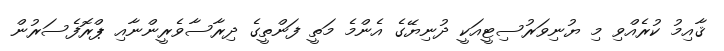
ޤާއިމު ކުރެއްވި މި ޔުނިވަރުސިޓީއަކީ ދުނިޔޭގެ އެންމެ މަތީ ފަންތީގެ ދިރާސާވެރީންނާއި ޕްރޮފެސަރުން